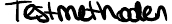
Testmethoden